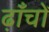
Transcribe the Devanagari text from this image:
ढ़ाँचों